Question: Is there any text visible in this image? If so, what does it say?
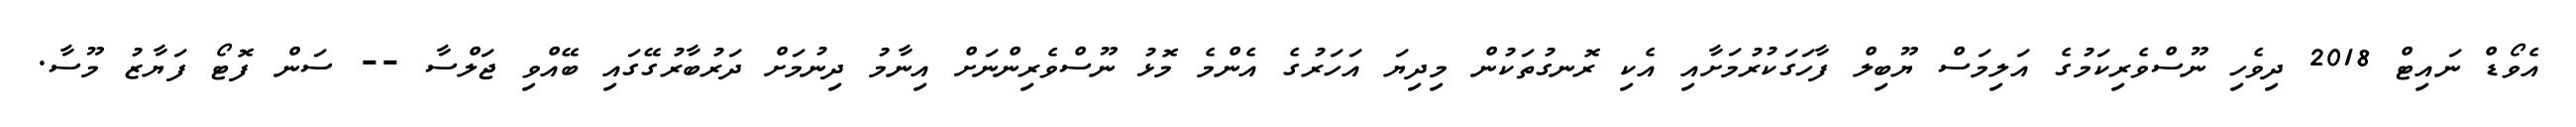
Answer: އެވޯޑް ނައިޓް 2018 ދިވެހި ނޫސްވެރިކަމުގެ އަލިމަސް ޔޫބިލް ފާހަގަކުރުމަށާއި އެކި ރޮނގުތަކުން މިދިޔަ އަހަރުގެ އެންމެ މޮޅު ނޫސްވެރިންނަށް އިނާމު ދިނުމަށް ދަރުބާރުގޭގައި ބޭއްވި ޖަލްސާ -- ސަން ފޮޓޯ ފަޔާޒު މޫސާ.